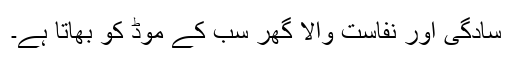
سادگی اور نفاست والا گھر سب کے موڈ کو بھاتا ہے۔